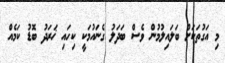
މި އަގުތަކަށް ބަލައިލުމުން ވެސް ބަދަލު ގެނައުމަކީ ކިހައި ޚަރަދު ބޮޑު ކަމެއް